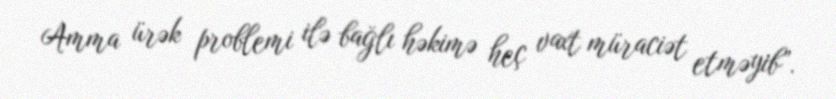
Amma ürək problemi ilə bağlı həkimə heç vaxt müraciət etməyib”.